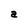
Character: a